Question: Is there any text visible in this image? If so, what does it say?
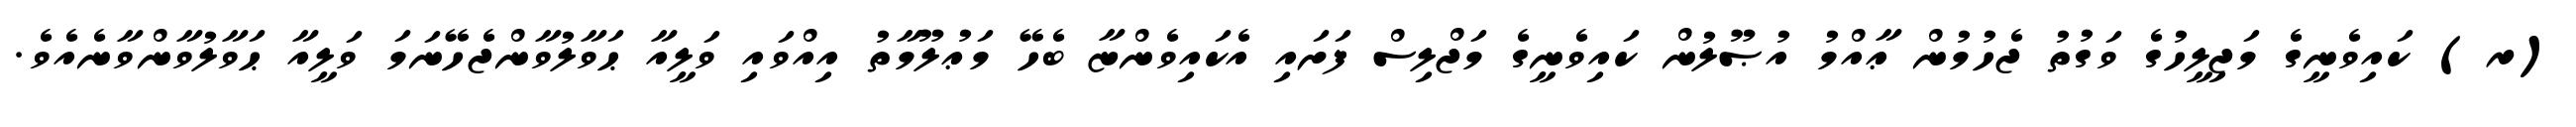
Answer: (ރ) ކައިވެނީގެ މަޖިލީހުގެ ވަގުތު ޖެހުމުން ޢާއްމު އުޞޫލުން ކައިވެނީގެ މަޖްލިސް ފަށައި އެކައިވެންޏާ ބެހޭ މަޢުލޫމާތު އިއްވައި ވަލީއާ ޙަވާލުވާންޖެހޭނަމަ ވަލީއާ ޙަވާލުވާންވާނެއެވެ.